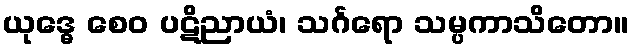
ယုဒ္ဓေ စေဝ ပဋိညာယံ၊ သင်္ဂရော သမ္ပကာသိတော။